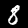
Digit: 8